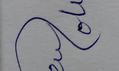
Signature authenticity: forged